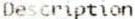
DESCRIPTION